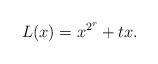
LaTeX: \begin{align*}L(x)=x^{2^r}+tx.\end{align*}